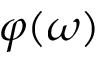
\varphi ( \omega )